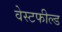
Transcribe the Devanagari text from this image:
वेस्टफील्ड